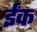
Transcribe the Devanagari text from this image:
ईंक